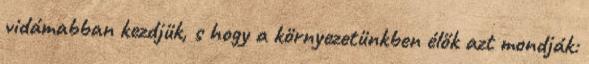
vidámabban kezdjük, s hogy a környezetünkben élők azt mondják: